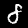
Label: 8